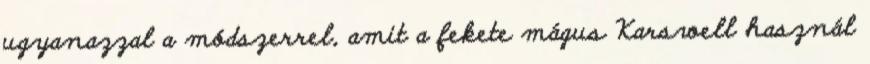
ugyanazzal a módszerrel, amit a fekete mágus Karswell használ